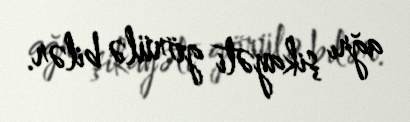
ağrı şikayəti görülə bilər.